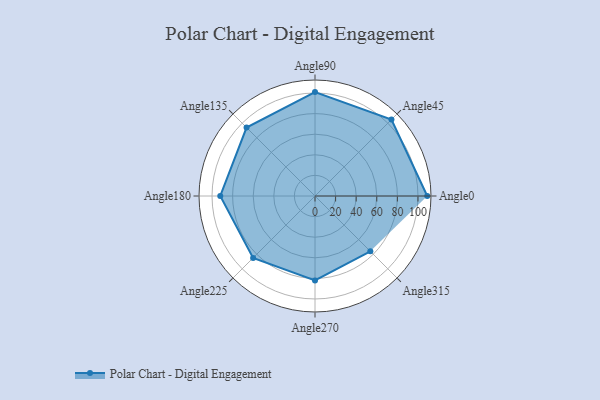
{"axis": {"x": "Angle", "y": "Radius"}, "legend": [""], "data": [{"x": "Angle0", "y": 109.0, "type": ""}, {"x": "Angle45", "y": 105.0, "type": ""}, {"x": "Angle90", "y": 101.0, "type": ""}, {"x": "Angle135", "y": 94.0, "type": ""}, {"x": "Angle180", "y": 92.0, "type": ""}, {"x": "Angle225", "y": 85.0, "type": ""}, {"x": "Angle270", "y": 82.0, "type": ""}, {"x": "Angle315", "y": 76.0, "type": ""}]}